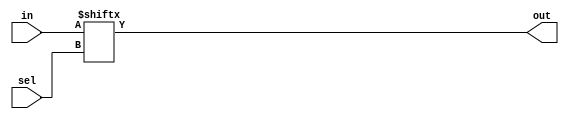
module mux_4to1(in,sel,out);
  input [3:0] in;
  input [1:0] sel;
  output out;
  assign out=in[sel];
endmodule